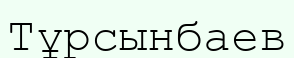
Тұрсынбаев